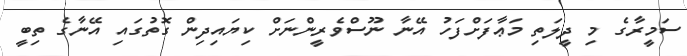
ސަމީރާގެ މި ދީލަތި މަޢާފަށްފަހު އޭނާ ނޫސްވެރީންނަށް ކިޔައިދިން ގޮތުގައި އޭނާގެ ތިބީ